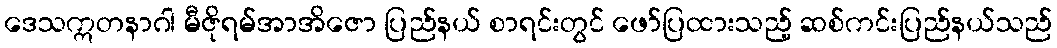
ဒေသဣတနာဂါ မီဇိုရမ်အာအိဇော ပြည်နယ် စာရင်းတွင် ဖော်ပြထားသည့် ဆစ်ကင်းပြည်နယ်သည်